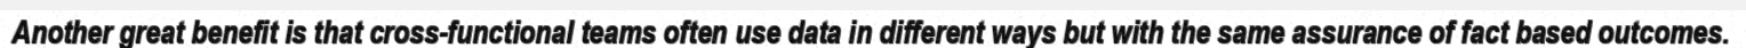
Another great benefit is that cross-functional teams often use data in different ways but with the same assurance of fact based outcomes.